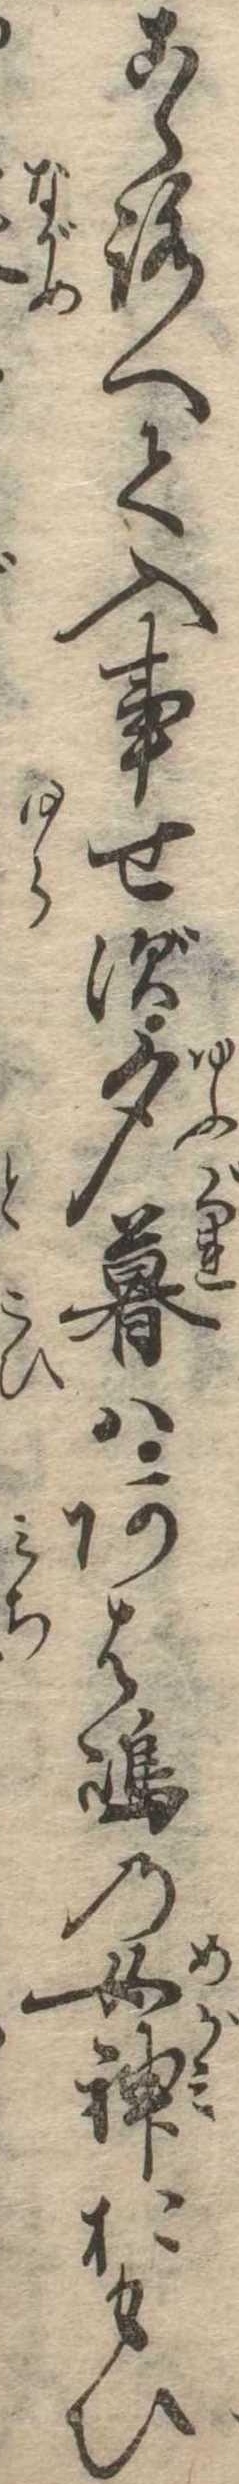
こゝろへて入事せず夕暮はあは島の女神おもひ